Lunatic asylums Punjab 1911-1921 - 1911-1921
Year: 1911
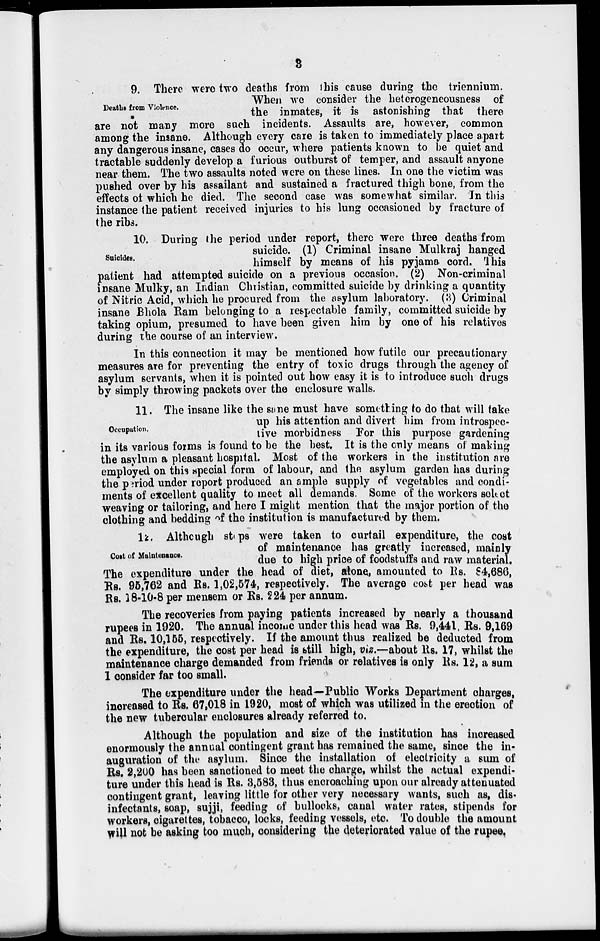
3
Deaths from Violence.
9. There were two deaths from this cause during the triennium.
When we consider the heterogeneousness of
the inmates, it is astonishing that there
are not many more such incidents. Assaults are, however, common
among the insane. Although every care is taken to immediately place apart
any dangerous insane, cases do occur, where patients known to be quiet and
tractable suddenly develop a furious outburst of temper, and assault anyone
near them. The two assaults noted were on these lines. In one the victim was
pushed over by his assailant and sustained a fractured thigh bone, from the
effects of which he died. The second case was somewhat similar. In this
instance the patient received injuries to his lung occasioned by fracture of
the ribs.
Suicides.
10. During the period under report, there were three deaths from
suicide. (1) Criminal insane Mulkraj hanged
himself by means of his pyjama cord. This
patient had attempted suicide on a previous occasion. (2) Non-criminal
insane Mulky, an Indian Christian, committed suicide by drinking a quantity
of Nitric Acid, which he procured from the asylum laboratory. (3) Criminal
insane Bhola Ram belonging to a respectable family, committed suicide by
taking opium, presumed to have been given him by one of his relatives
during the course of an interview.
In this connection it may be mentioned how futile our precautionary
measures are for preventing the entry of toxic drugs through the agency of
asylum servants, when it is pointed out how easy it is to introduce such drugs
by simply throwing packets over the enclosure walls.
Occupation.
11. The insane like the same must have something to do that will take
up his attention and divert him from introspec-
tive morbidness For this purpose gardening
in its various forms is found to be the best. It is the only means of making
the asylum a pleasant hospital. Most of the workers in the institution are
employed on this special form of labour, and the asylum garden has during
the period under report produced an ample supply of vegetables and condi-
ments of excellent quality to meet all demands. Some of the workers select
weaving or tailoring, and here I might mention that the major portion of the
clothing and bedding of the institution is manufactured by them.
Cost of Maintenance.
12. Although stops were taken to curtail expenditure, the cost
of maintenance has greatly increased, mainly
due to high price of foodstuffs and raw material.
The expenditure under the head of diet, alone, amounted to Rs. 84,686,
Rs. 95,762 and Rs. 1,02,574, respectively. The average cost per head was
Rs. 18-10-8 per mensem or Rs. 224 per annum.
The recoveries from paying patients increased by nearly a thousand
rupees in 1920. The annual income under this head was Rs. 9,441, Rs. 9,169
and Rs. 10,165, respectively. If the amount thus realized be deducted from
the expenditure, the cost per head is still high, viz.—about Rs. 17, whilst the
maintenance charge demanded from friends or relatives is only Rs. 12, a sum
I consider far too small.
The expenditure under the head—Public Works Department charges,
increased to Rs. 67,018 in 1920, most of which was utilized in the erection of
the new tubercular enclosures already referred to.
Although the population and size of the institution has increased
enormously the annual contingent grant has remained the same, since the in-
auguration of the asylum. Since the installation of electricity a sum of
Rs. 2,200 has been sanctioned to meet the charge, whilst the actual expendi-
ture under this head is Rs. 3,583, thus encroaching upon our already attenuated
contingent grant, leaving little for other very necessary wants, such as, dis-
infectants, soap, sujji, feeding of bullocks, canal water rates, stipends for
workers, cigarettes, tobacco, locks, feeding vessels, etc. To double the amount
will not be asking too much, considering the deteriorated value of the rupee.